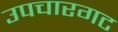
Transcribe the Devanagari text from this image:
उपचारगट